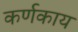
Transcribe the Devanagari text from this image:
कर्णकाय